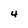
Character: 4